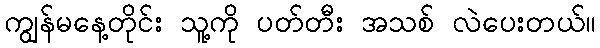
ကျွန်မနေ့တိုင်း သူ့ကို ပတ်တီး အသစ် လဲပေးတယ်။